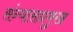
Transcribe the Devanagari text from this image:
संन्यासप्रमुख